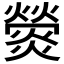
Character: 𤐺